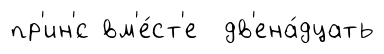
пр'ин'́с вм'е́ст'е дв'ена́дцать